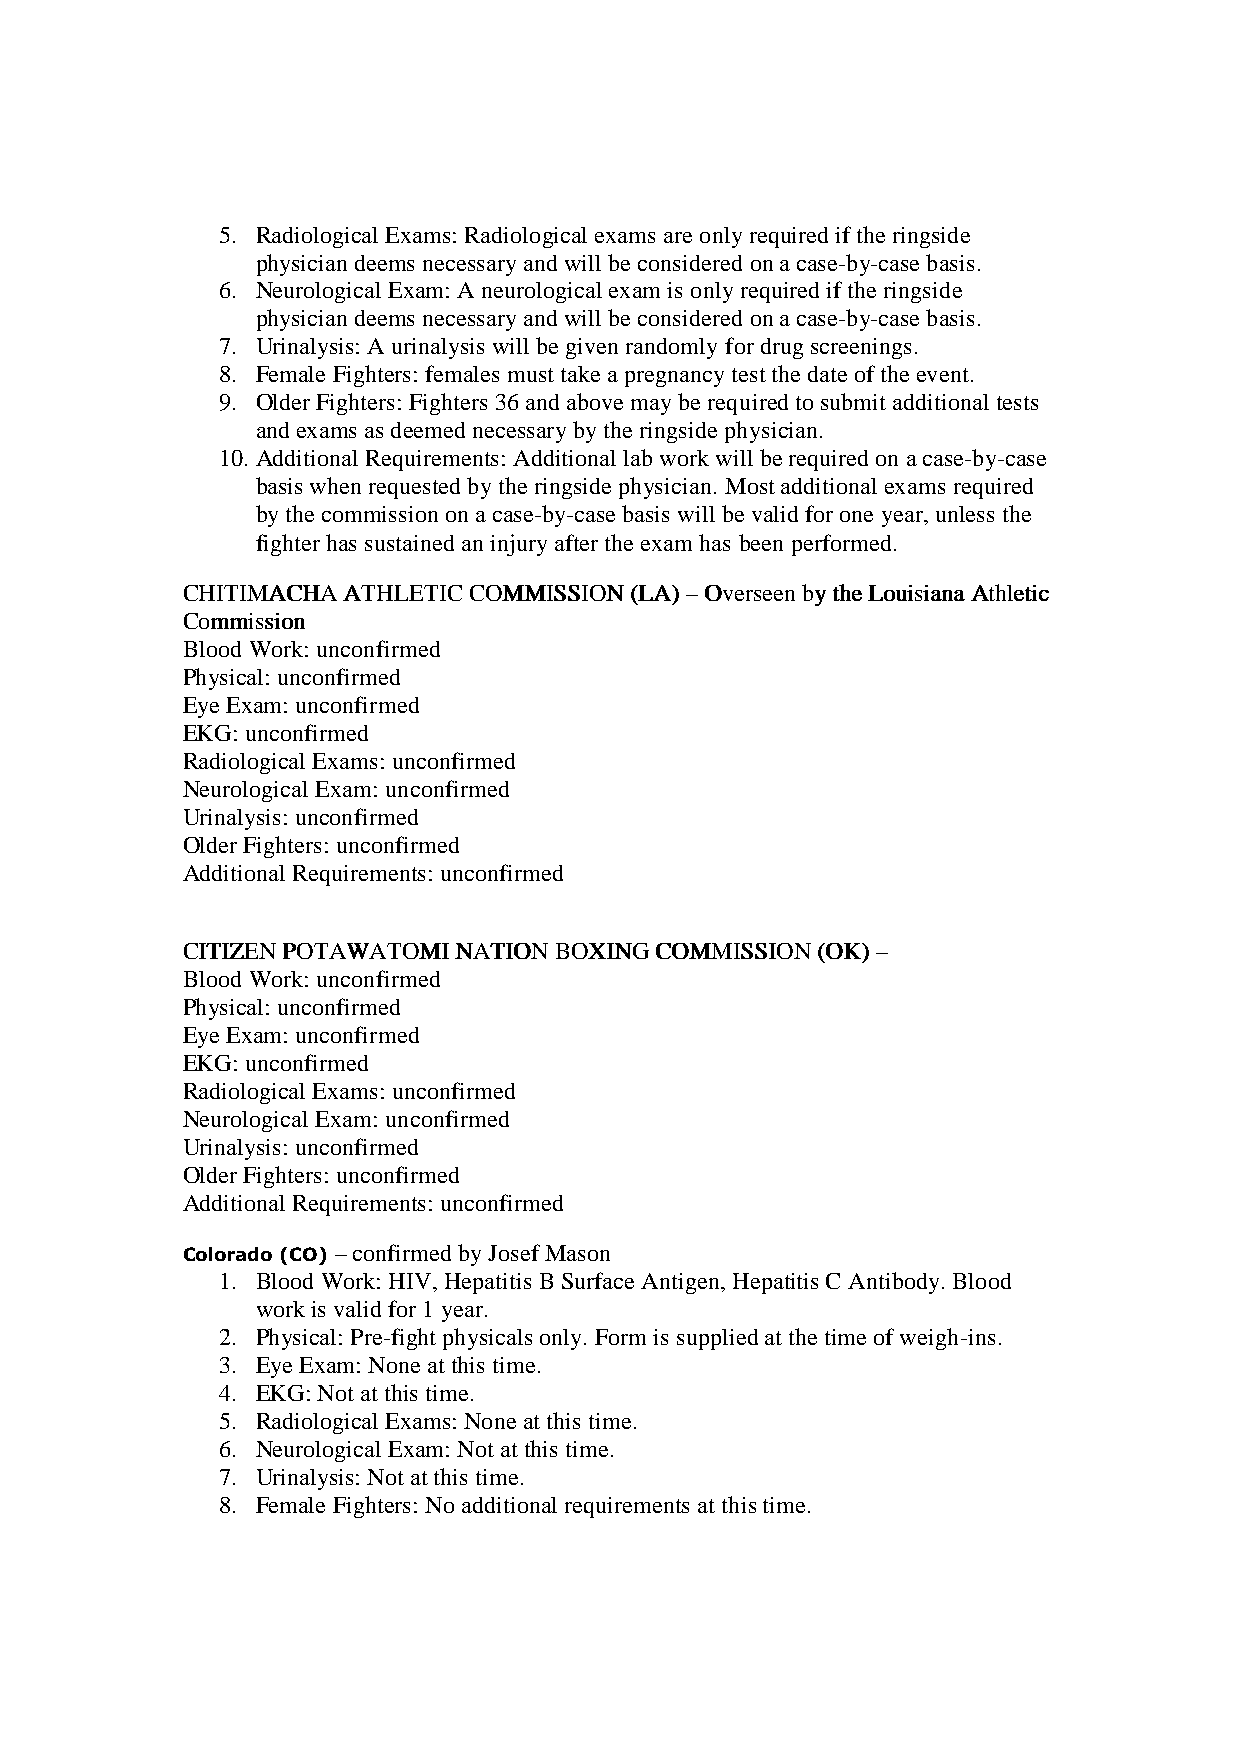
5. Radiological Exams: Radiological exams are only required if the ringside
 physician deems necessary and will be considered on a case-by-case basis.
 6. Neurological Exam: A neurological exam is only required if the ringside
 physician deems necessary and will be considered on a case-by-case basis.
 7. Urinalysis: A urinalysis will be given randomly for drug screenings.
 8. Female Fighters: females must take a pregnancy test the date of the event.
 9. Older Fighters: Fighters 36 and above may be required to submit additional tests
 and exams as deemed necessary by the ringside physician.
 10. Additional Requirements: Additional lab work will be required on a case-by-case
 basis when requested by the ringside physician. Most additional exams required
 by the commission on a case-by-case basis will be valid for one year, unless the
 fighter has sustained an injury after the exam has been performed.
 CCCCHHHHIIIITTTTIIIIMMMMAAAACCCCHHHHAAAA AAAATTTTHHHHLLLLEEEETTTTIIIICCCC CCCCOOOOMMMMMMMMIIIISSSSSSSSIIIIOOOONNNN ((((LLLLAAAA)))) –––– OOOOvvvveeeerrrrsssseeeeeeeennnn bbbbyyyy tttthhhheeee LLLLoooouuuuiiiissssiiiiaaaannnnaaaa AAAAtttthhhhlllleeeettttiiiicccc
 CCCCoooommmmmmmmiiiissssssssiiiioooonnnn
 Blood Work: unconfirmed
 Physical: unconfirmed
 Eye Exam: unconfirmed
 EKG: unconfirmed
 Radiological Exams: unconfirmed
 Neurological Exam: unconfirmed
 Urinalysis: unconfirmed
 Older Fighters: unconfirmed
 Additional Requirements: unconfirmed
 CCCCIIIITTTTIIIIZZZZEEEENNNN PPPPOOOOTTTTAAAAWWWWAAAATTTTOOOOMMMMIIII NNNNAAAATTTTIIIIOOOONNNN BBBBOOOOXXXXIIIINNNNGGGG CCCCOOOOMMMMMMMMIIIISSSSSSSSIIIIOOOONNNN ((((OOOOKKKK)))) ––––
 Blood Work: unconfirmed
 Physical: unconfirmed
 Eye Exam: unconfirmed
 EKG: unconfirmed
 Radiological Exams: unconfirmed
 Neurological Exam: unconfirmed
 Urinalysis: unconfirmed
 Older Fighters: unconfirmed
 Additional Requirements: unconfirmed
 Colorado (CO) –––– confirmed by Josef Mason
 1. Blood Work: HIV, Hepatitis B Surface Antigen, Hepatitis C Antibody. Blood
 work is valid for 1 year.
 2. Physical: Pre-fight physicals only. Form is supplied at the time of weigh-ins.
 3. Eye Exam: None at this time.
 4. EKG: Not at this time.
 5. Radiological Exams: None at this time.
 6. Neurological Exam: Not at this time.
 7. Urinalysis: Not at this time.
 8. Female Fighters: No additional requirements at this time.